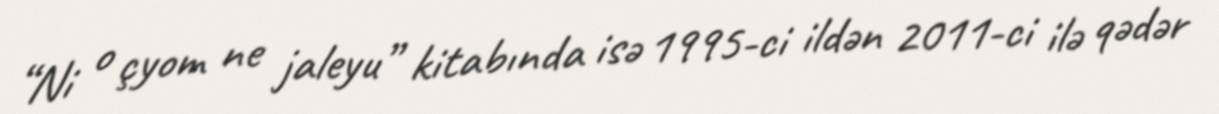
“Ni o çyom ne jaleyu” kitabında isə 1995-ci ildən 2011-ci ilə qədər